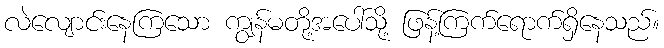
လဲလျောင်းနေကြသော ကျွန်မတို့အပေါ်သို့ ဖြန့်ကြက်ရောက်ရှိနေသည်။